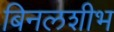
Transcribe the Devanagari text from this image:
बिनलशीभ